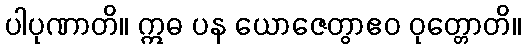
ပါပုဏာတိ။ ဣဓ ပန ယောဇေတွာဧဝ ဝုတ္တောတိ။